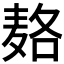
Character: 𱋓